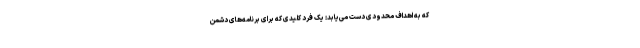
که به اهداف محدودی دست می‌یابد: یک فرد کلیدی که برای برنامه‌های دشمن